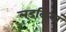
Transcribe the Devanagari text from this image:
लड़कियां